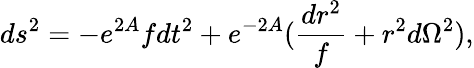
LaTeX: ds^{2}=-e^{2A}fdt^{2}+e^{-2A}({\frac{dr^{2}}{f}}+r^{2}d\Omega^{2}),